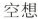
空想